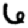
Digit: 6